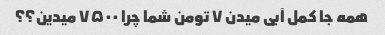
همه جا کمل آبی میدن ۷ تومن شما چرا ۷۵۰۰ میدین؟؟